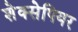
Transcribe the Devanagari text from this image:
शेक्सेपियर